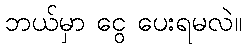
ဘယ်မှာ ငွေ ပေးရမလဲ။